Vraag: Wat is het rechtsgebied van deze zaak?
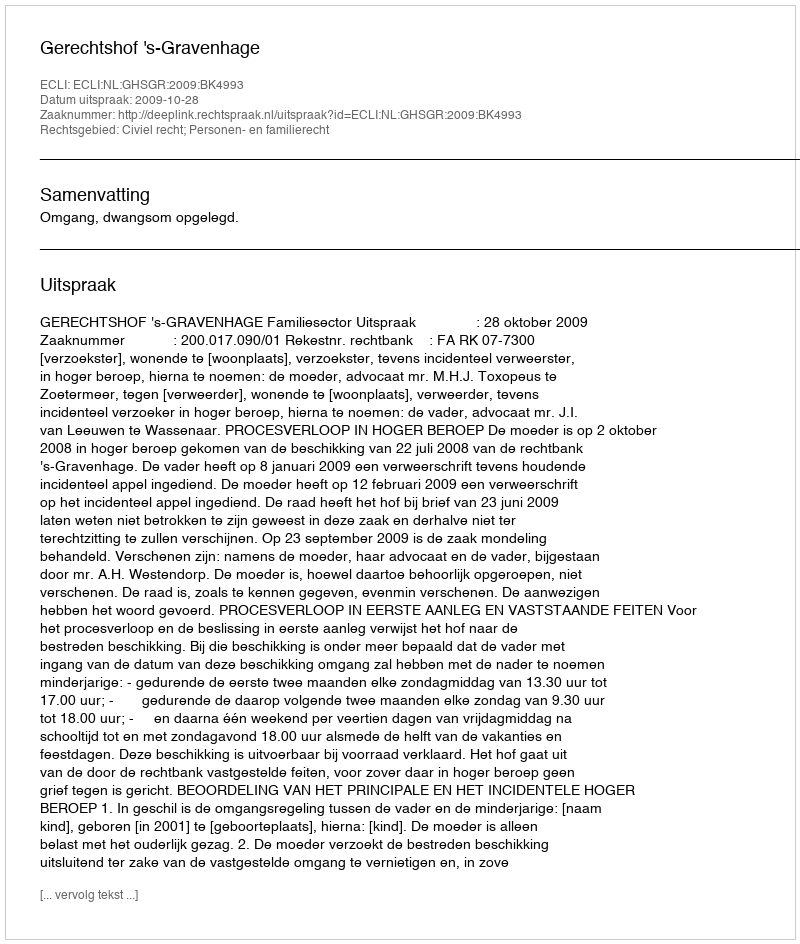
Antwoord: Civiel recht; Personen- en familierecht